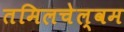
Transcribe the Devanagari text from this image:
तमिलचेल्वम